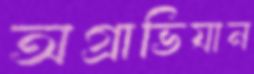
অগ্রাভিযান